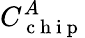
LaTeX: C_{\mathrm{~c~h~i~p~}}^{A}